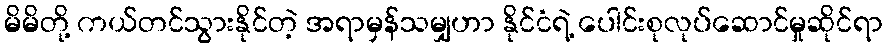
မိမိတို့ ကယ်တင်သွားနိုင်တဲ့ အရာမှန်သမျှဟာ နိုင်ငံရဲ့ ပေါင်းစုလုပ်ဆောင်မှုဆိုင်ရာ